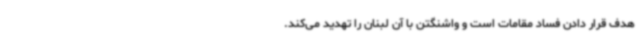
هدف قرار دادن فساد مقامات است و واشنگتن با آن لبنان را تهدید می‌کند.